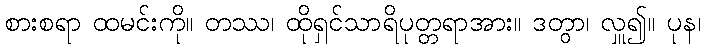
စားစရာ ထမင်းကို။ တဿ၊ ထိုရှင်သာရိပုတ္တရာအား။ ဒတွာ၊ လှူ၍။ ပုန၊